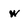
Character: w